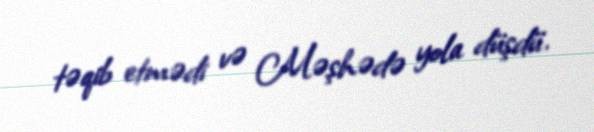
təqib etmədi və Məşhədə yola düşdü.